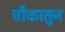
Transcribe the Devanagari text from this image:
चौकातुन